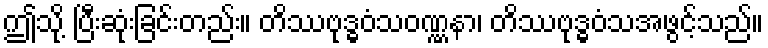
ဤသို့ ပြီးဆုံးခြင်းတည်း။ တိဿဗုဒ္ဓဝံသဝဏ္ဏနာ၊ တိဿဗုဒ္ဓဝံသအဖွင့်သည်။